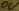
Text: ov